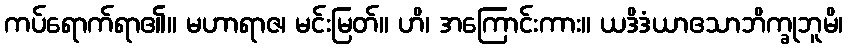
ကပ်ရောက်ရာ၏။ မဟာရာဇ၊ မင်းမြတ်။ ဟိ၊ အကြောင်းကား။ ယဒိဒံယာဧသာဘိက္ခုဘူမိ၊